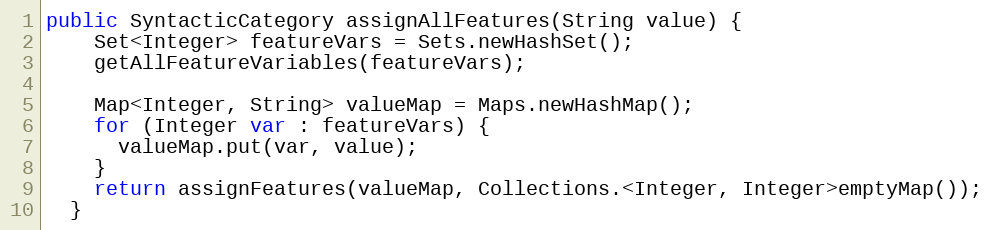
Language: Java
public SyntacticCategory assignAllFeatures(String value) {
    Set<Integer> featureVars = Sets.newHashSet();
    getAllFeatureVariables(featureVars);

    Map<Integer, String> valueMap = Maps.newHashMap();
    for (Integer var : featureVars) {
      valueMap.put(var, value);
    }
    return assignFeatures(valueMap, Collections.<Integer, Integer>emptyMap());
  }